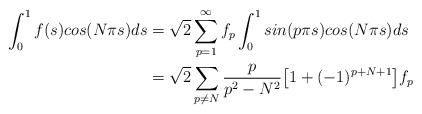
\begin{align*}\int_0^1 f(s)cos(N\pi s) ds&= \sqrt{2} \sum_{p=1}^{\infty}f_p \int_0^1 sin(p\pi s)cos(N\pi s)ds\\&= \sqrt{2}\sum_{p \neq N}\dfrac{p}{p^2-N^2}\big[ 1+(-1)^{p+N+1}\big]f_p\end{align*}